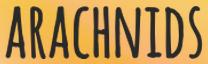
ARACHNIDS